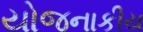
યોજનાકીય